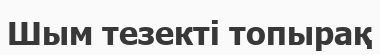
Шым тезекті топырақ